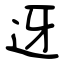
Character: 迓